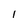
Character: 1